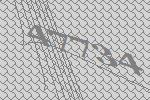
47734